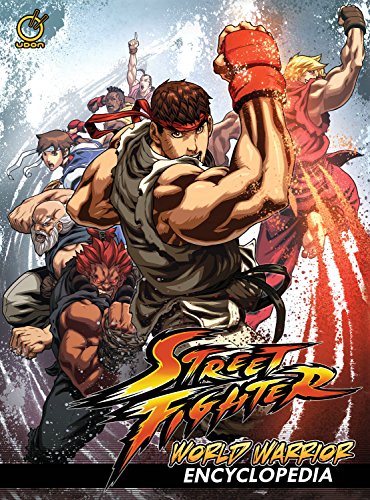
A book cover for Street Fighter: World Warrior Encyclopedia Hardcover; Matt Moylan; Humor & Entertainment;